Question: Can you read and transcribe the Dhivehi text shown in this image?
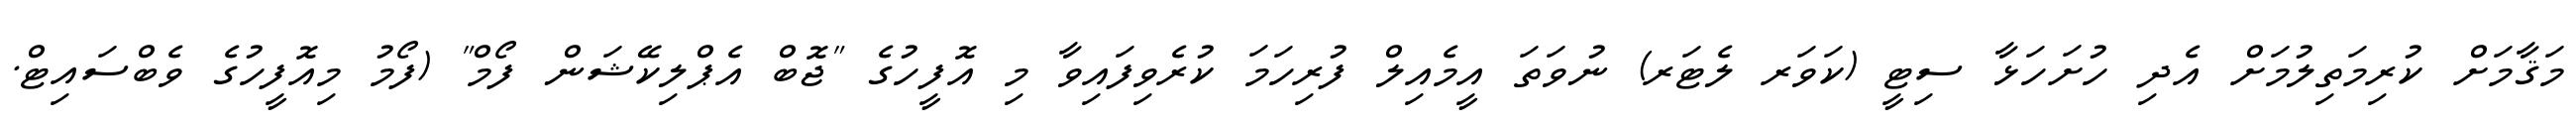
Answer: މަޤާމަށް ކުރިމަތިލުމަށް އެދި ހުށަހަޅާ ސިޓީ (ކަވަރ ލެޓަރ) ނުވަތަ އީމެއިލް ފުރިހަމަ ކުރެވިފައިވާ މި އޮފީހުގެ "ޖޮބް އެޕްލިކޭޝަން ފޯމް" (ފޯމު މިއޮފީހުގެ ވެބްސައިޓް.